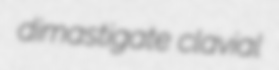
dimastigate clavial